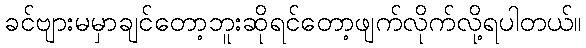
ခင်ဗျားမမှာချင်တော့ဘူးဆိုရင်တော့ဖျက်လိုက်လို့ရပါတယ်။